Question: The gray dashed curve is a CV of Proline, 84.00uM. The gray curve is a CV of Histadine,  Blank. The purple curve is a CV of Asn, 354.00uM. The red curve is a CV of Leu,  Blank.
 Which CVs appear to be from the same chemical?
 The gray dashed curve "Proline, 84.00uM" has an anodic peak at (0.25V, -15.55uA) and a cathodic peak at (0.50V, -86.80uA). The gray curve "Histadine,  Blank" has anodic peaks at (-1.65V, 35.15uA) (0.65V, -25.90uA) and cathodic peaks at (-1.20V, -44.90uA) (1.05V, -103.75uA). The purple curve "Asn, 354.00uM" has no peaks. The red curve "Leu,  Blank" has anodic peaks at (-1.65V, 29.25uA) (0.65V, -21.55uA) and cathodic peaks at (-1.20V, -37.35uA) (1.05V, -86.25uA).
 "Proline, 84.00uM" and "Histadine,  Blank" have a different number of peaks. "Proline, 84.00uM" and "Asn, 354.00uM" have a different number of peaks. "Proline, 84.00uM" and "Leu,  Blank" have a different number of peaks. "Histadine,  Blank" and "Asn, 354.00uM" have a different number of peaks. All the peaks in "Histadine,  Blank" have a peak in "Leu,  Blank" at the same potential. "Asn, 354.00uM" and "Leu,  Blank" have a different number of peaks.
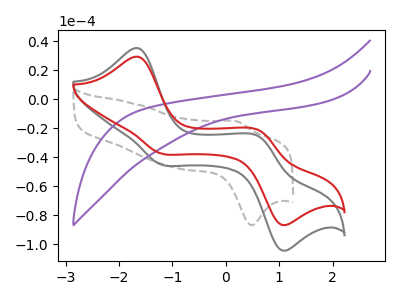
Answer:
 <answer>"Leu,  Blank" and "Histadine,  Blank" have the same shape and are likely CV's of the same chemical.</answer>
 <eval>"Leu,  Blank" "Histadine,  Blank"</eval>